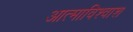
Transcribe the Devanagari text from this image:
आत्माविश्वाश